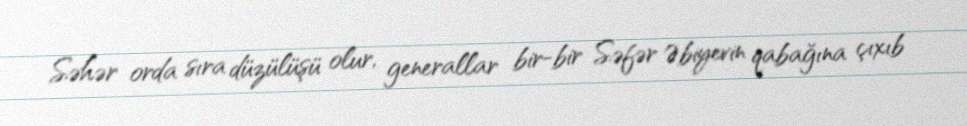
Səhər orda sıra düzülüşü olur, generallar bir-bir Səfər Əbiyevin qabağına çıxıb